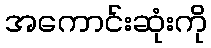
အကောင်းဆုံးကို